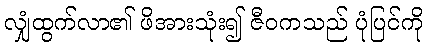
လျှံထွက်လာ၏ ဖိအားသုံး၍ ဇီဝကသည် ပုံပြင်ကို